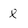
Character: l